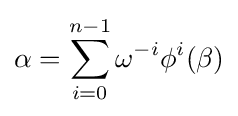
\alpha =\sum _{i=0}^{n-1}\omega ^{-i}\phi ^{i}(\beta )